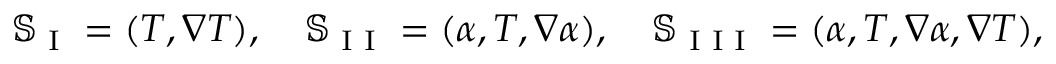
\begin{array} { r } { \mathbb { S } _ { \textrm { I } } = ( T , \nabla T ) , \quad \mathbb { S } _ { \textrm { I I } } = ( \alpha , T , \nabla \alpha ) , \quad \mathbb { S } _ { \textrm { I I I } } = ( \alpha , T , \nabla \alpha , \nabla T ) , } \end{array}